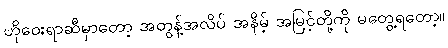
ဟိုဝေးရာဆီမှာတော့ အတွန့်အလိပ် အနိမ့် အမြင့်တို့ကို မတွေ့ရတော့။